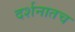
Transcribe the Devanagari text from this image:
दर्शनातच